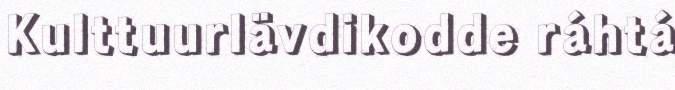
Kulttuurlävdikodde ráhtá